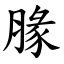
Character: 腞